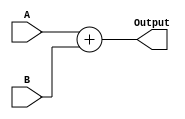
//==============================================
//==============================================				
//----------------------------------------------
//												
//	Module Name		:	Adder_4bit					
//	Release version	:	v1.0					
//												
//----------------------------------------------								
//----------------------------------------------											
//	Input	:   A,
//				B,												
//	Output	:	Output,					
//==============================================
//==============================================
module Adder_4bit(
    //Input Port
	A,	
	B,
    //Output Port
	Output
    );

//---------------------------------------------------------------------
//   PORT DECLARATION
//---------------------------------------------------------------------
input [3:0]A;
input [3:0]B;

output wire [4:0]Output;


assign Output = A + B;


endmodule